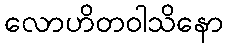
လောဟိတဝါသိနော